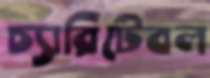
চ্যারিটেবল